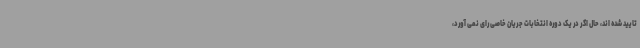
تایید شده اند، حال اگر در یک دوره انتخابات جریان خاصی رای نمی آورد،